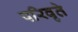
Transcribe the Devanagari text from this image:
परिवृते